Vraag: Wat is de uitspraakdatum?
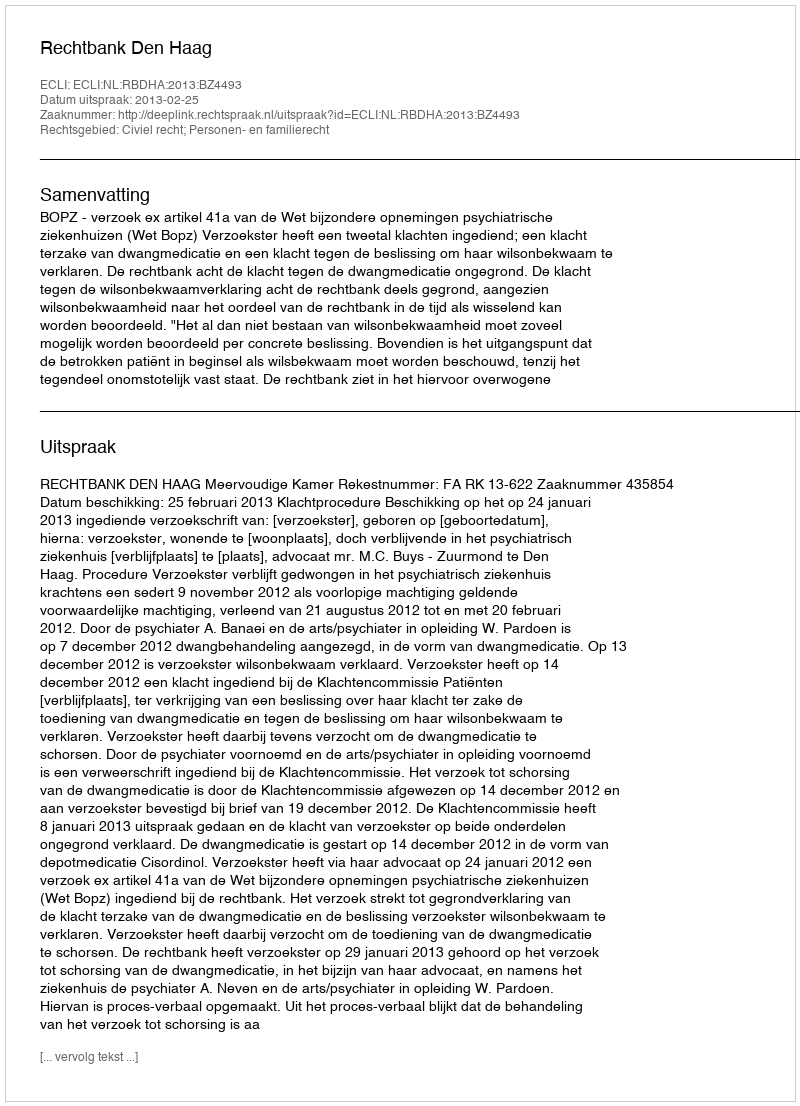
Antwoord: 2013-02-25